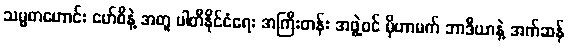
သမ္မတဟောင်း မော်စီနဲ့ အတူ ပါတီနိုင်ငံရေး အကြီးတန်း အဖွဲ့ဝင် မိုဟာမက် ဘာဒီယာနဲ့ အက်ဆန်